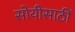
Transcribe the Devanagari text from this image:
सोयीसाठीं